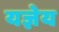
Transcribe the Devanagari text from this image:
यज्ञेय